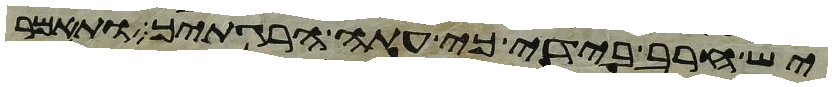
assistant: יש חרב בידי כי עתה הרגתיך ותאמר